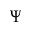
\Psi